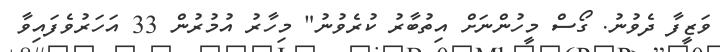
ވަޒީފާ ދެވުނު. ގޯސް މީހުންނަށް އިތުބާރު ކުރެވުނު" މިހާރު އުމުރުން 33 އަހަރުވެފައިވާ